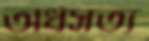
অর্ধসত্য